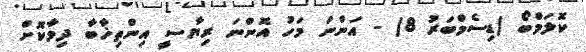
ކޮލަމްބޯ (ޑިސެމްބަރު 8) - އަންނަ މަހު އޮންނަ ރިޔާސީ އިންތިޚާބާ ދިމާކޮށް